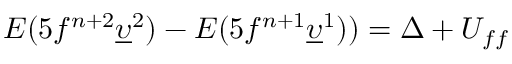
E ( 5 f ^ { n + 2 } \underline { { \upsilon } } ^ { 2 } ) - E ( 5 f ^ { n + 1 } \underline { { \upsilon } } ^ { 1 } ) ) = \Delta + U _ { f f }